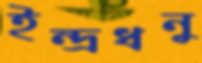
ইন্দ্রধনু